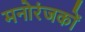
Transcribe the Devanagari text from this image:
मनोरंजकों